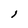
Character: 1